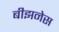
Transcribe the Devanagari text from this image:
बीझनेस